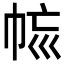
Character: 𢂩